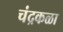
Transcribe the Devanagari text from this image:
चंद्रकळा